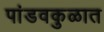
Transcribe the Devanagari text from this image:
पांडवकुळात